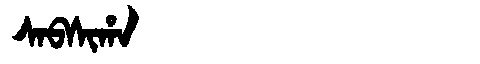
Manchu: ᠰᠠᠪᠰᡳᡥᠠ
Romanization: SABSIHA